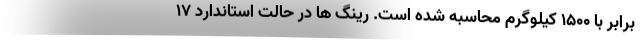
برابر با 1500 کیلوگرم محاسبه شده است. رینگ ها در حالت استاندارد 17